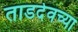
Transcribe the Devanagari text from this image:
ताडदेवच्या